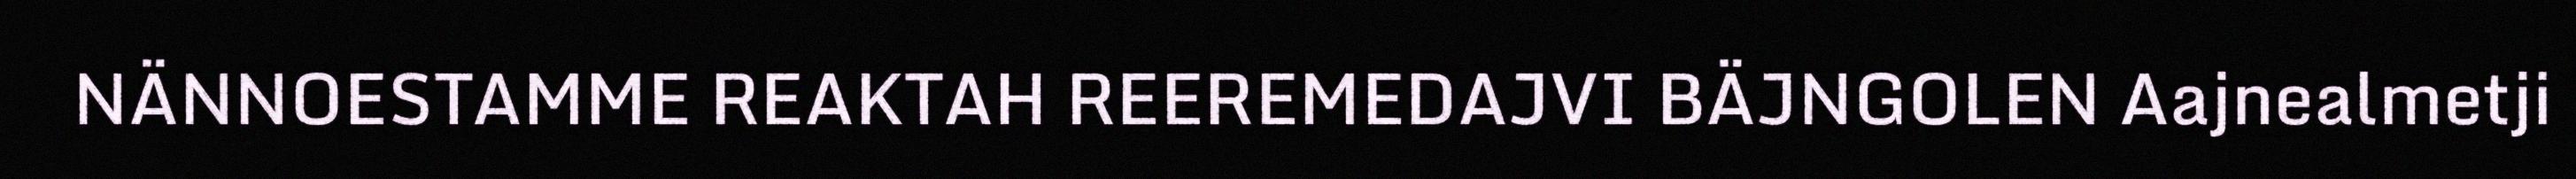
NÄNNOESTAMME REAKTAH REEREMEDAJVI BÄJNGOLEN Aajnealmetji